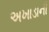
અખાડાની